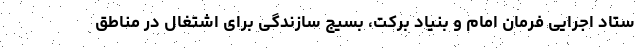
ستاد اجرایی فرمان امام و بنیاد برکت، بسیج سازندگی برای اشتغال در مناطق